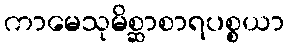
ကာမေသုမိစ္ဆာစာရပစ္စယာ